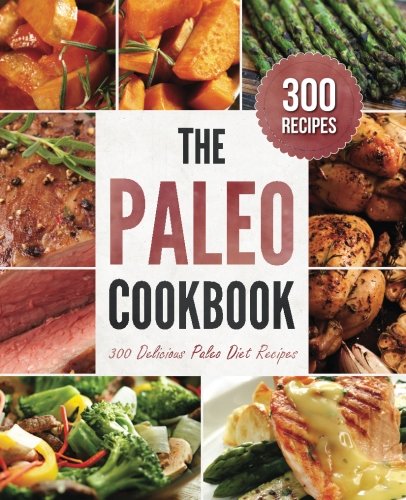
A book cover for Paleo Cookbook: 300 Delicious Paleo Diet Recipes; Rockridge Press; Cookbooks, Food & Wine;